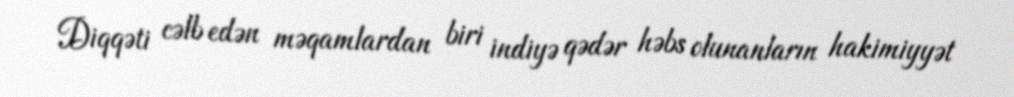
Diqqəti cəlb edən məqamlardan biri indiyə qədər həbs olunanların hakimiyyət